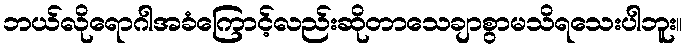
ဘယ်လိုရောဂါအခံကြောင့်လည်းဆိုတာသေချာစွာမသိရသေးပါဘူး။